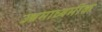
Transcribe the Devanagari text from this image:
उच्चमाध्यमीक